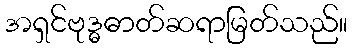
အရှင်ဗုဒ္ဓဓာတ်ဆရာမြတ်သည်။